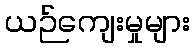
ယဉ်ကျေးမှုများ